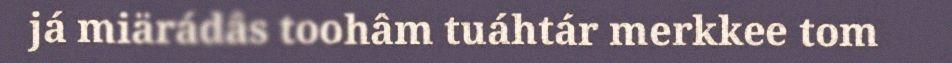
já miärádâs toohâm tuáhtár merkkee tom